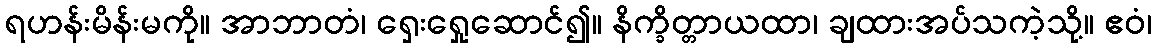
ရဟန်းမိန်းမကို။ အာဘာတံ၊ ရှေးရှေုဆောင်၍။ နိက္ခိတ္တာယထာ၊ ချထားအပ်သကဲ့သို့။ ဧဝံ၊